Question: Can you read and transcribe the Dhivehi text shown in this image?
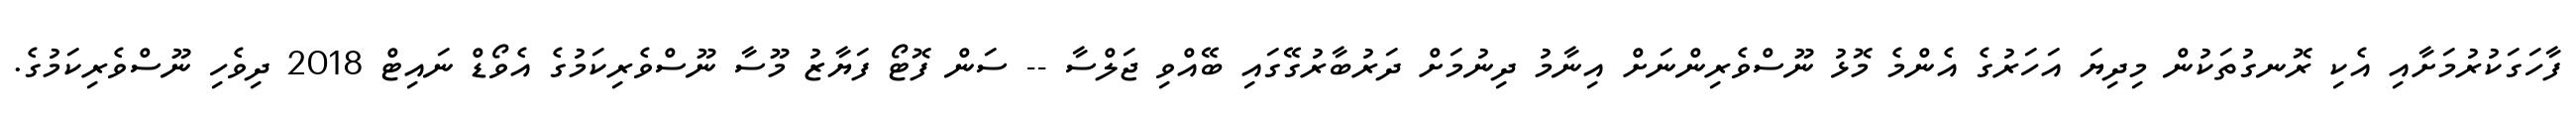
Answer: ފާހަގަކުރުމަށާއި އެކި ރޮނގުތަކުން މިދިޔަ އަހަރުގެ އެންމެ މޮޅު ނޫސްވެރިންނަށް އިނާމު ދިނުމަށް ދަރުބާރުގޭގައި ބޭއްވި ޖަލްސާ -- ސަން ފޮޓޯ ފަޔާޒު މޫސާ ނޫސްވެރިކަމުގެ އެވޯޑް ނައިޓް 2018 ދިވެހި ނޫސްވެރިކަމުގެ.